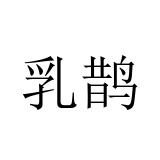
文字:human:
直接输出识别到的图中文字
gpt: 乳鹊